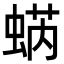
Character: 蜹